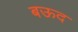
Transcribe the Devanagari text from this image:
बऊद